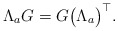
\begin{align*}\Lambda_a G&= G \big(\Lambda_a\big)^\top.\end{align*}